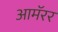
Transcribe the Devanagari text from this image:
आमॅरर